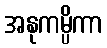
အနုကမ္ပိကာ